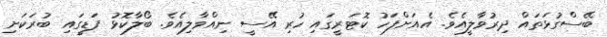
ބޭސްގުޅަތައް ދިރުވާލީއެވެ. އެއަށްފަހު ކޮޓަރީގައި ހުރި އޭސީ ނިއްވާލިއެވެ. ބޯލާކޮޅު ފަޑީގައި ބުރަކަށި